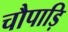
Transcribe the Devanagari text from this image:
चौपाड़ि